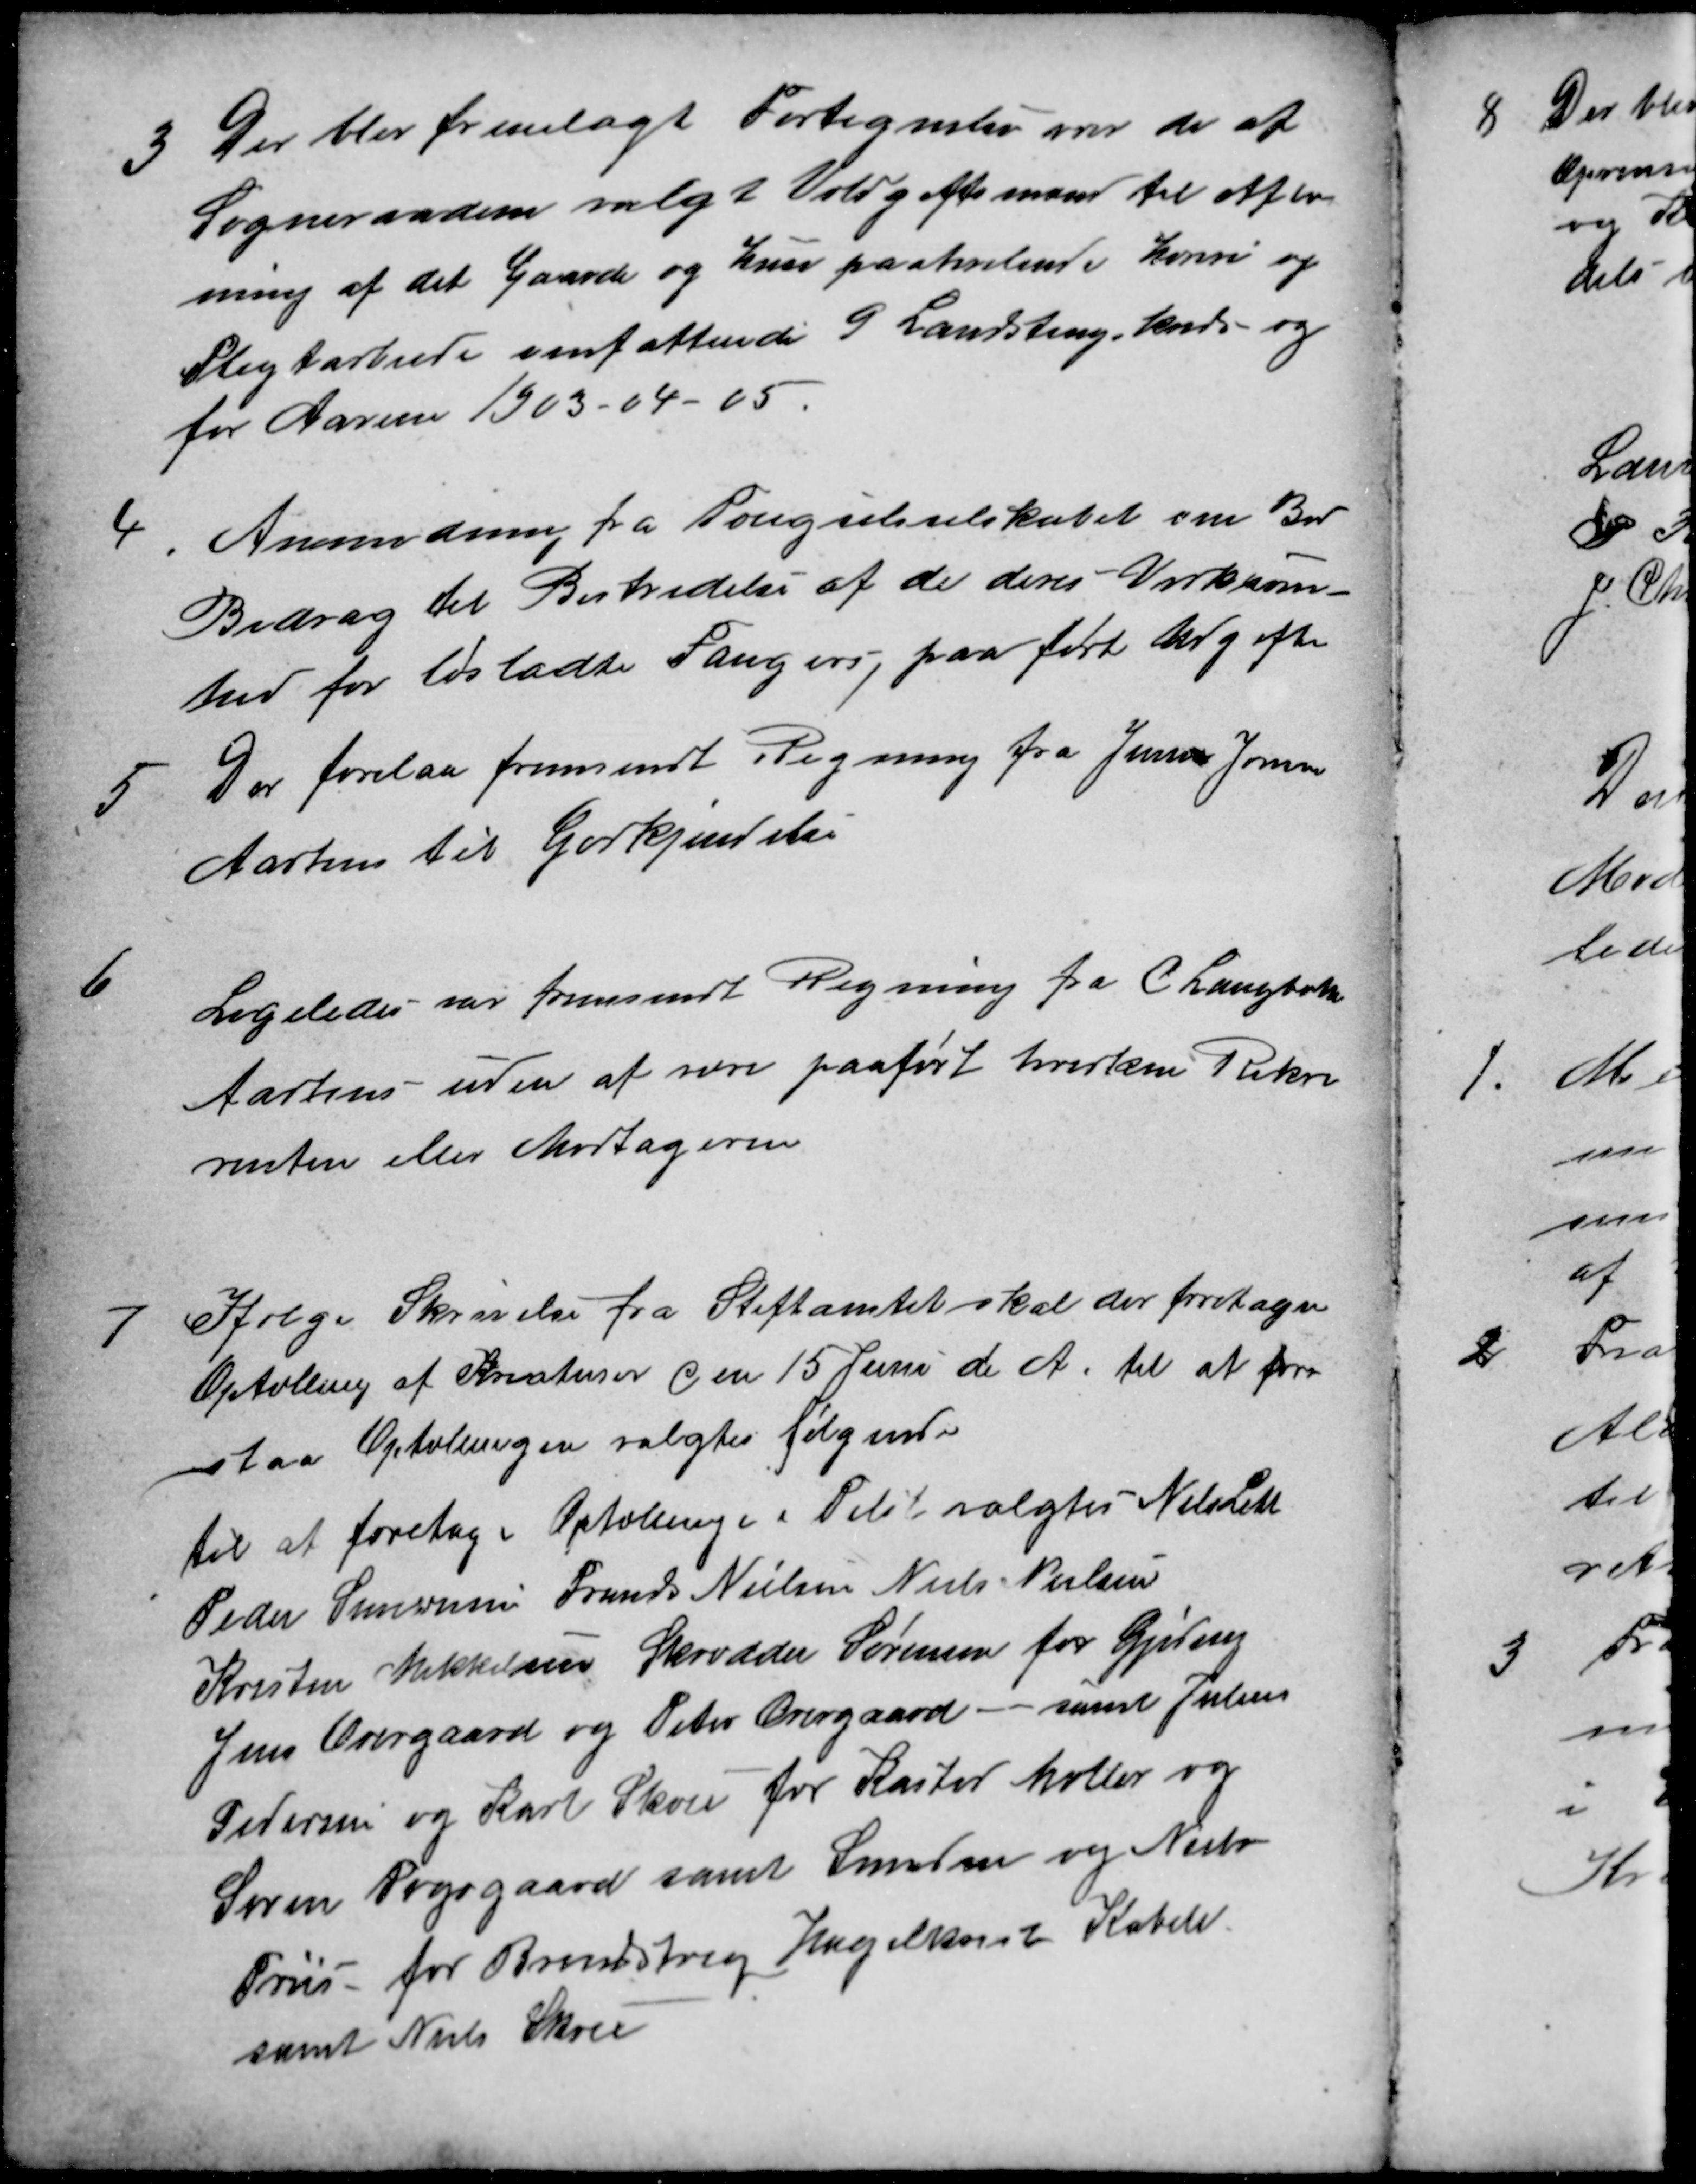
Transskription:
3
Der blev fremlagt Fortegnelse over de af
Sogneraadene valgt Voldgiftsmænd til Afløs
ning af det Gaarde og Huse paahvilende Hoveri og
Pligtarbeide omfattende 9 Landstingskredse og
for Aarene 1903-04-05.
4
Anmodning fra Fængselsselskabet om Bid
Bidrag til Bestridelse af de deres Virksom-
hed for løsladte Fangers paaførte Udgifter
5
Der forelaa fremsendt Regning fra Jensine Jensen
Aarhus til Godkjendelse
6
Ligeledes var fremsendt Regning fra C. Langballe
Aarhus uden af være paaført hverken Rekvi
renten eller Modtageren
7
Ifølge Skrivelse fra Stiftamtet skal der foretages
Optælling af Kreaturer den 15 Juni d A. til at fore
staa Optællingen valgtes følgende
til at foretage Optællinger i Tilst valgtes Niels Leth
Peder Simonsen Frands Nielsen Niels Nielsen
Kristen Mikkelsen Skrædder Sørensen for Gjeding
Jens Overgaard og Peter Overgaard samt Julius
Pedersen og Karl Skou for Kasted Møller og 
Søren Fogsgaard samt Smeden og Niels
Friis for Brendstrup Hagelkvist Kabell
samt Niels Skou